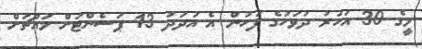
މީގެ 30 އަހަރު ދުވަހުގެ ފަހުން އެ އަދަދު 13 ޕަސެންޓަށް މައްޗަށް